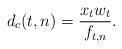
LaTeX: \begin{align*}d_c(t,n) = \frac{x_t w_t}{f_{t,n}}.\end{align*}